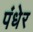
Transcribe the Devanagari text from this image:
पंधेर